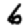
Digit: 6